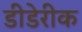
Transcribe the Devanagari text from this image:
डीडेरीक